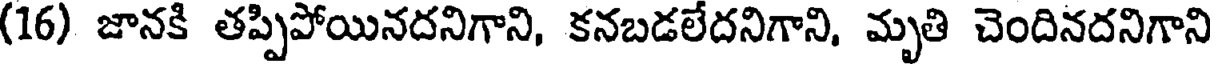
(16) జానకి తప్పిపోయినదనిగాని, కనబడలేదనిగాని, మృతి చెందినదనిగాని